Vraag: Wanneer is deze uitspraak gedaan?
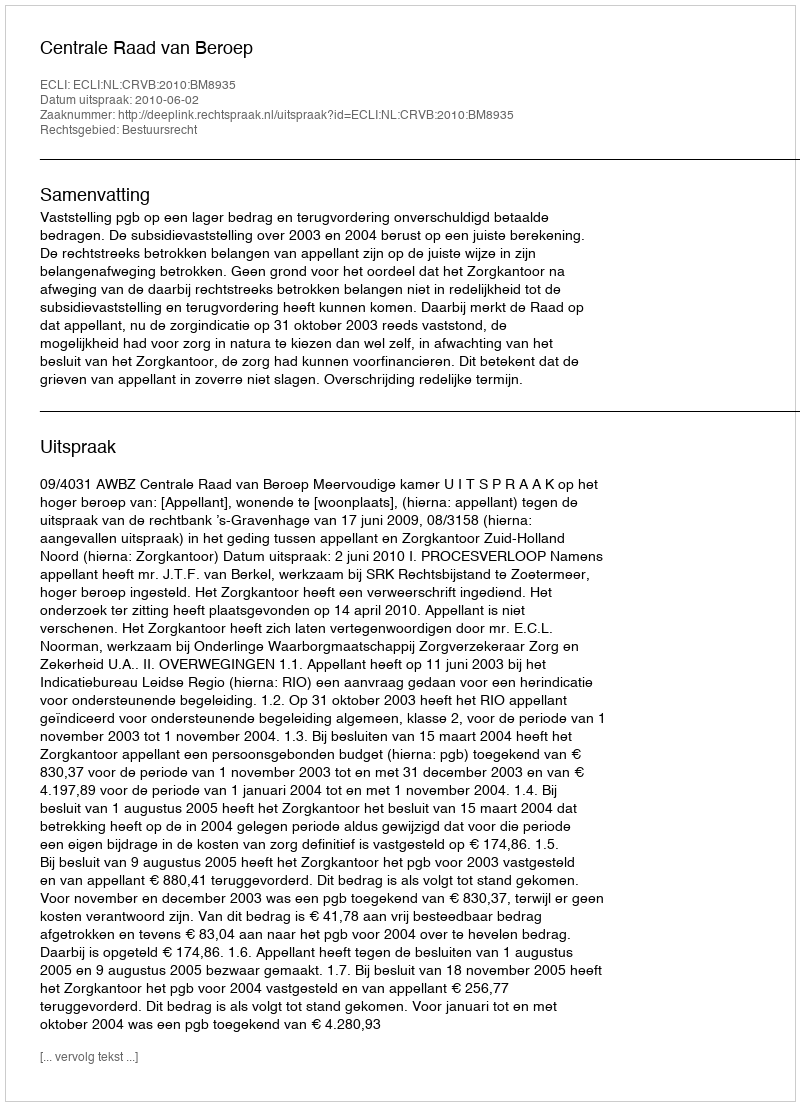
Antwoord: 2010-06-02